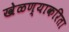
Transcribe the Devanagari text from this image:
खेळण्याकरिता